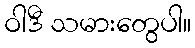
ဝါဒီ သမားတွေပါ။